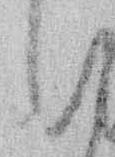
い